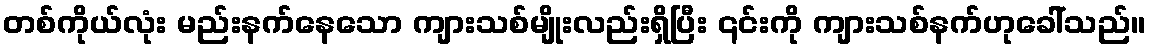
တစ်ကိုယ်လုံး မည်းနက်နေသော ကျားသစ်မျိုးလည်းရှိပြီး ၎င်းကို ကျားသစ်နက်ဟုခေါ်သည်။